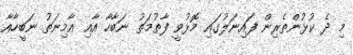
މި ދެ ކުޅުންތެރިން ފައިނަލުގައި މޮޅުވީ ފާތުމަތު ނަބާހާ އާއި އާމިނަތު ނަބީހާއާ